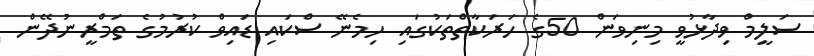
ސަލީމް ވިދާޅުވީ މިނިވަން 50ގެ ހަރަކާތްތަކުގައި ހިމެނޭ ސްކައި ޑައިވް ކުރުމުގެ ތަމްރީނުދޭން